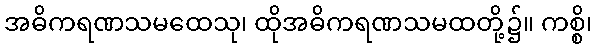
အဓိကရဏသမထေသု၊ ထိုအဓိကရဏသမထတို့၌။ ကစ္စိ၊